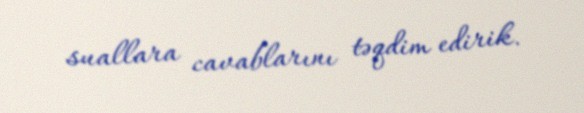
suallara cavablarını təqdim edirik.